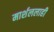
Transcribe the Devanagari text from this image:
मार्शललाही